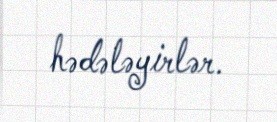
hədələyirlər.